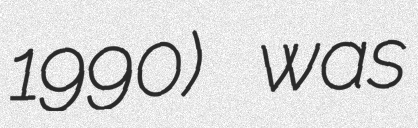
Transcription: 1990) was